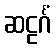
ဆဠင်္ဂံ